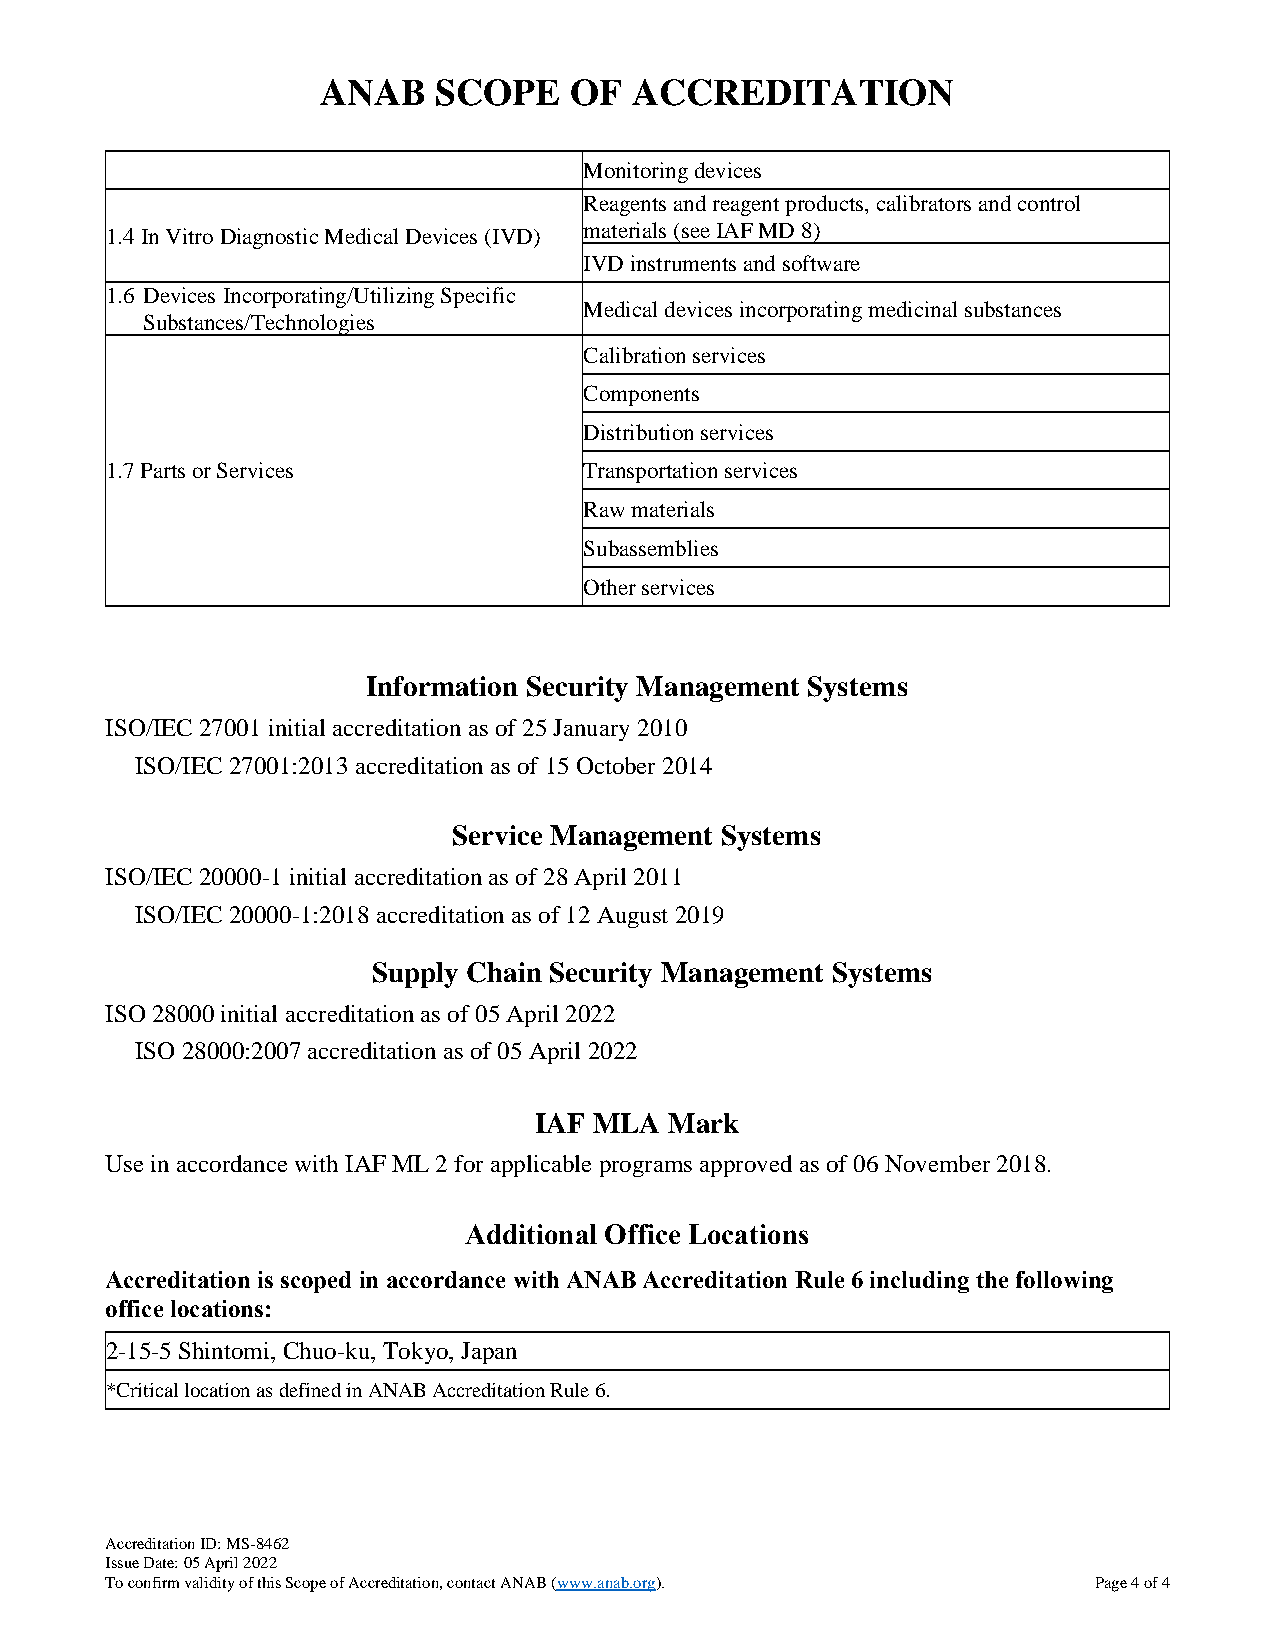
ANAB    SCOPE    OF  ACCREDITATION
 Monitoring devices
 Reagents and reagent products, calibrators and control
 1.4 In Vitro Diagnostic Medical Devices (IVD) materials (see IAF MD 8)
 IVD instruments and software
 1.6 Devices Incorporating/Utilizing Specific
 Medical devices incorporating medicinal substances
 Substances/Technologies
 Calibration services
 Components
 Distribution services
 1.7 Parts or Services           Transportation services
 Raw materials
 Subassemblies
 Other services
 Information Security Management Systems
 ISO/IEC 27001 initial accreditation as of 25 January 2010
 ISO/IEC 27001:2013 accreditation as of 15 October 2014
 Service Management Systems
 ISO/IEC 20000-1 initial accreditation as of 28 April 2011
 ISO/IEC 20000-1:2018 accreditation as of 12 August 2019
 Supply Chain Security Management Systems
 ISO 28000 initial accreditation as of 05 April 2022
 ISO 28000:2007 accreditation as of 05 April 2022
 IAF MLA  Mark
 Use in accordance with IAF ML 2 for applicable programs approved as of 06 November 2018.
 Additional Office Locations
 Accreditation is scoped in accordance with ANAB Accreditation Rule 6 including the following
 office locations:
 2-15-5 Shintomi, Chuo-ku, Tokyo, Japan
 *Critical location as defined in ANAB Accreditation Rule 6.
 Accreditation ID: MS-8462
 Issue Date: 05 April 2022
 To confirm validity of this Scope of Accreditation, contact ANAB (www.anab.org). Page 4 of 4